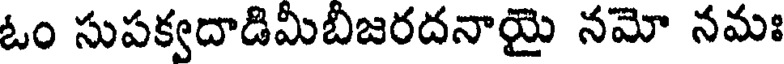
ఓం సుపక్వదాడిమీబీజరదనాయై నమో నమః